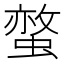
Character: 𧏅